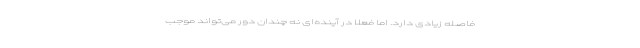
فاصله زیادی دارد. اما فعلا در آینده‌ای نه چندان دور می‌تواند موجب